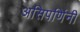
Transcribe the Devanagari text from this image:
असिपर्णिनी